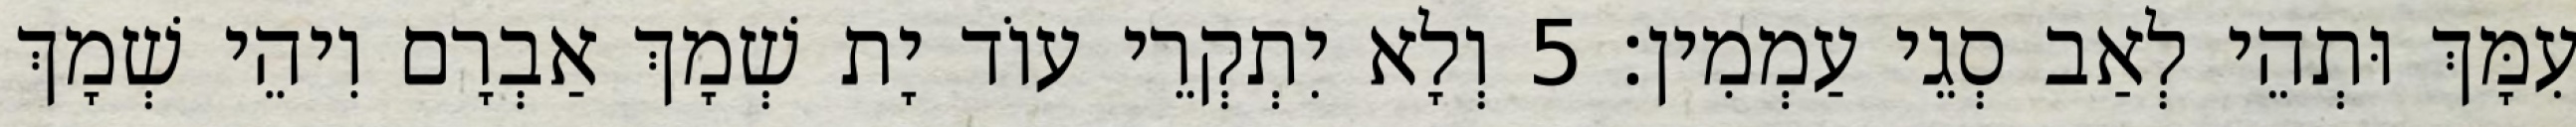
עִמָּךְ וּתְהֵי לְאַב סְגֵי עַמְמִין׃ 5 וְלָא יִתְקְרֵי עוֹד יָת שְׁמָךְ אַבְרָם וִיהֵי שְׁמָךְ